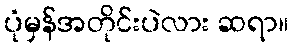
ပုံမှန်အတိုင်းပဲလား ဆရာ။